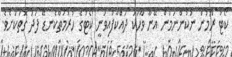
ކޯޓު ރޫމުން ނުކުންނަމުން އޭނާ ވާހަކަ ދައްކާފައިވަނީ ކޯޓުގެ ހުރުމަތްކެނޑޭ ފަދަ ގޮތަކަށެވެ.